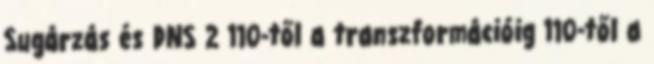
Sugárzás és DNS 2 110-től a transzformációig 110-től a